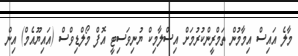
މާލެ އައިސް އިމާމުން ތަމްރީންކުރުމަށް އިސްލާމިކް ޔުނިވަސިޓީ އޮފް މޯލްޑިވްސް (އައިޔޫއެމް) އިން